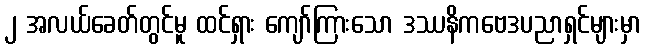
၂ အလယ်ခေတ်တွင်မူ ထင်ရှား ကျော်ကြားသော ဒဿနိကဗေဒပညာရှင်များမှာ